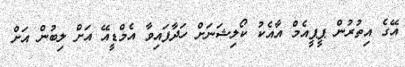
އޭގެ އިތުރުން ޕީޕީއެމް އާއެކު ކޯލިޝަނަށް ހަދާފައިވާ އެމްޑީއޭ އަށް ލިބުން އަށް